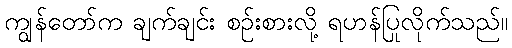
ကျွန်တော်က ချက်ချင်း စဉ်းစားလို့ ရဟန်ပြုလိုက်သည်။